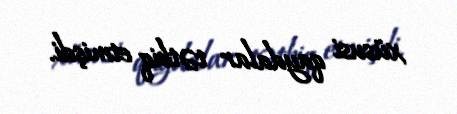
xüsusi qaydalar tətbiq etmişdi.